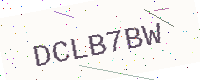
Text: DCLB7BW